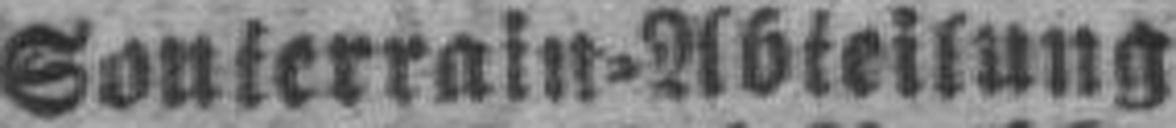
Souterrain=Abteilung